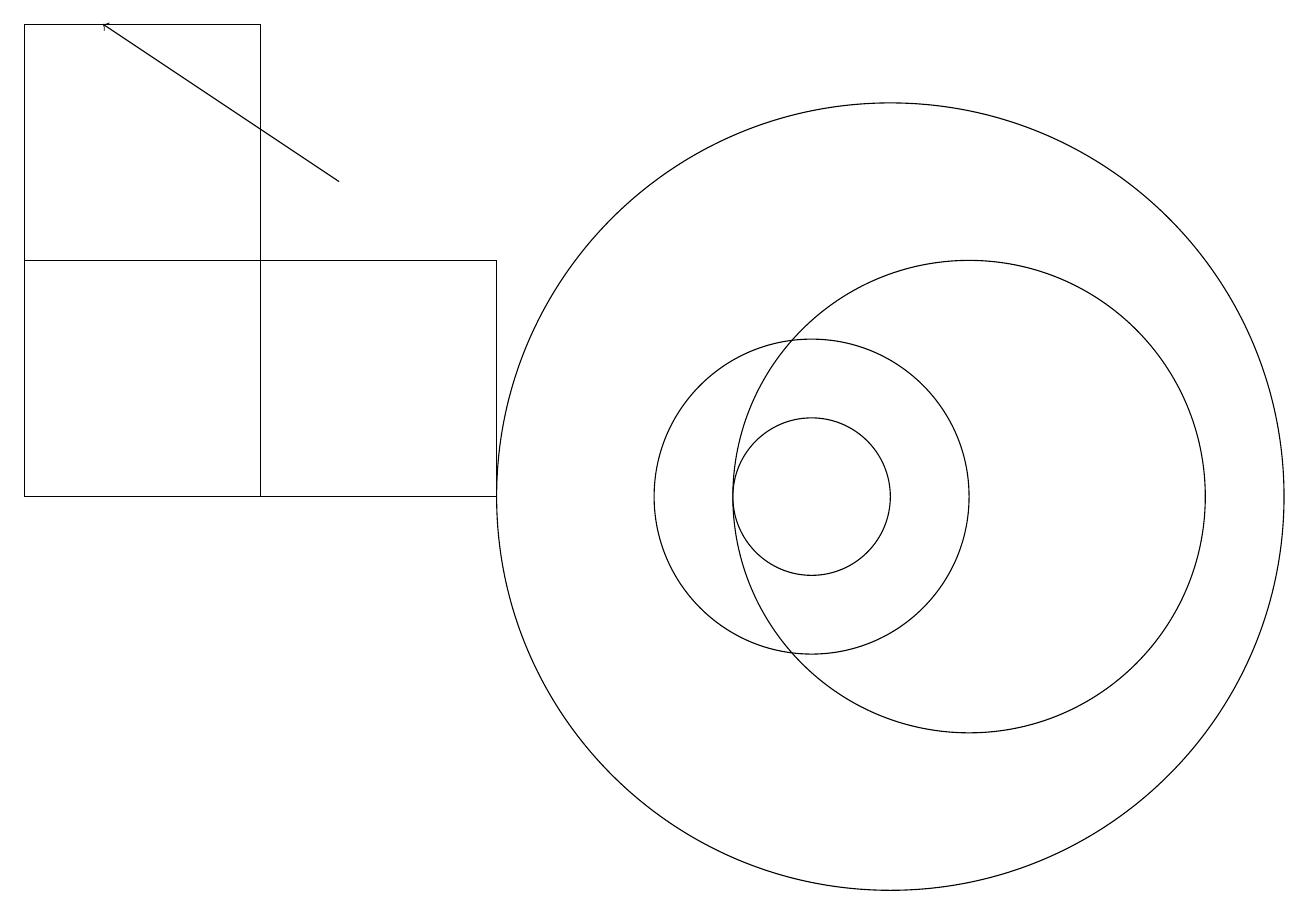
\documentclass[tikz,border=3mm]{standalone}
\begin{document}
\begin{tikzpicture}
\draw (0,16) rectangle (3,10);
\draw (6,13) rectangle (0,10);
\draw (10,10) circle (2);
\draw[->] (4,14) -- (1,16);
\draw (11,10) circle (5);
\draw (10,10) circle (1);
\draw (12,10) circle (3);
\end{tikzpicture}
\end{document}